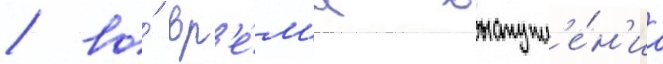
/ во́ вр'е́м'я выступл'е́н'иа